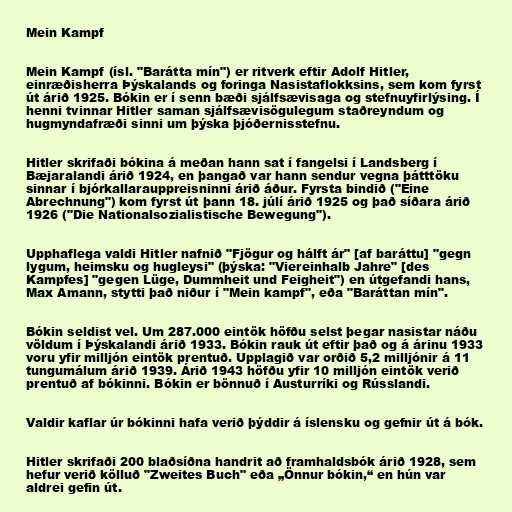
Mein Kampf

Mein Kampf (ísl. "Barátta mín") er ritverk eftir Adolf Hitler,
einræðisherra Þýskalands og foringa Nasistaflokksins, sem kom fyrst
út árið 1925. Bókin er í senn bæði sjálfsævisaga og stefnuyfirlýsing. Í
henni tvinnar Hitler saman sjálfsævisögulegum staðreyndum og
hugmyndafræði sinni um þýska þjóðernisstefnu.

Hitler skrifaði bókina á meðan hann sat í fangelsi í Landsberg í
Bæjaralandi árið 1924, en þangað var hann sendur vegna þátttöku
sinnar í bjórkallarauppreisninni árið áður. Fyrsta bindið ("Eine
Abrechnung") kom fyrst út þann 18. júlí árið 1925 og það síðara árið
1926 ("Die Nationalsozialistische Bewegung").

Upphaflega valdi Hitler nafnið "Fjögur og hálft ár" [af baráttu] "gegn
lygum, heimsku og hugleysi" (þýska: "Viereinhalb Jahre" [des
Kampfes] "gegen Lüge, Dummheit und Feigheit") en útgefandi hans,
Max Amann, stytti það niður í "Mein kampf", eða "Baráttan mín".

Bókin seldist vel. Um 287.000 eintök höfðu selst þegar nasistar náðu
völdum í Þýskalandi árið 1933. Bókin rauk út eftir það og á árinu 1933
voru yfir milljón eintök prentuð. Upplagið var orðið 5,2 milljónir á 11
tungumálum árið 1939. Árið 1943 höfðu yfir 10 milljón eintök verið
prentuð af bókinni. Bókin er bönnuð í Austurríki og Rússlandi.

Valdir kaflar úr bókinni hafa verið þýddir á íslensku og gefnir út á bók.

Hitler skrifaði 200 blaðsíðna handrit að framhaldsbók árið 1928, sem
hefur verið kölluð "Zweites Buch" eða „Önnur bókin,“ en hún var
aldrei gefin út.